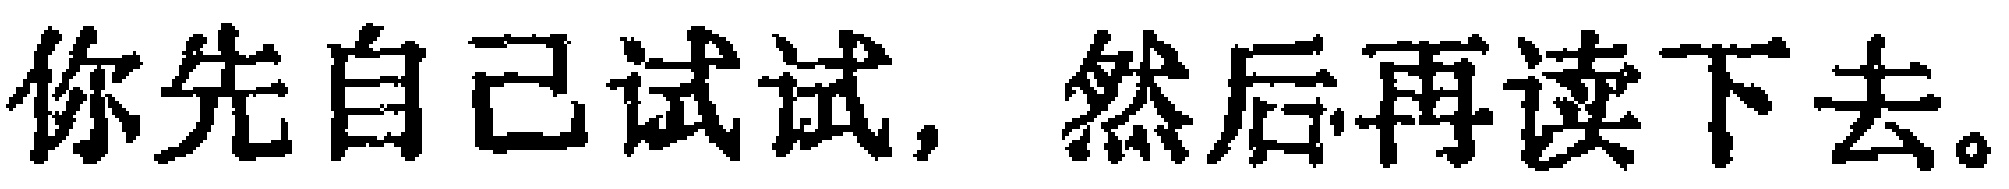
你先自己试试，然后再读下去。